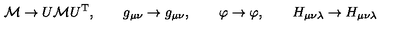
{ \cal { M } } \rightarrow U { \cal { M } } U ^ { \mathrm { T } } , \qquad g _ { \mu \nu } \rightarrow g _ { \mu \nu } , \qquad \varphi \rightarrow \varphi , \qquad H _ { \mu \nu \lambda } \rightarrow H _ { \mu \nu \lambda }